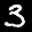
Label: 3